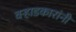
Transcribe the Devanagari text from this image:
वऱ्हाडकारांनी